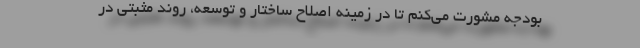
بودجه مشورت می‌کنم تا در زمینه اصلاح ساختار و توسعه، روند مثبتی در